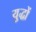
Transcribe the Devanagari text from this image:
यु्द्धों